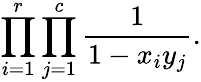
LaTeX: \prod_{i=1}^{r}\prod_{j=1}^{c}{\frac{1}{1-x_{i}y_{j}}}.